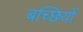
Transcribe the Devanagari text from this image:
बच्छियों